Vaccination in Burma 1889-1999 - 1889-1999
Year: 1889
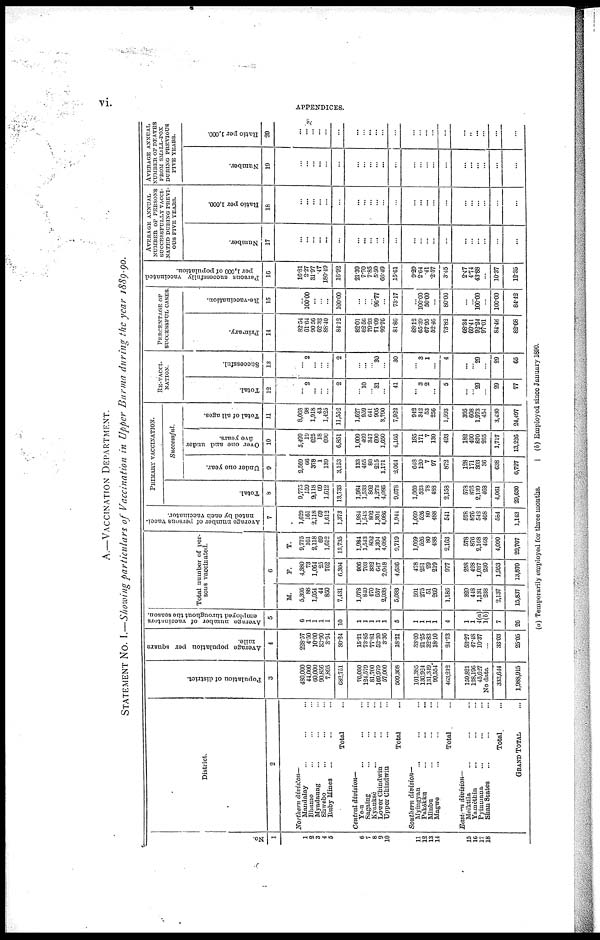
vi.
APPENDICES.
A.—VACCINATION DEPARTMENT.
STATEMENT No. I.—Showing particulars of Vaccination in Upper Burma during the year 1889-90.
No.
1
1
2
3
4
5
6
7 8
9
10
11
12
13
14
15
16
17
18
District.
2
Northern division—
Mandalay ... ... ...
Bhamo ... ... ...
Myadaung ... ... ...
Shwebo ... ... ...
Ruby Mines ... ... ...
Total ...
Central division—
Ye-u ... ... ...
Sagaing ... ... ...
Kyauksè ... ... ...
Lower Chindwin ... ...
Upper Chindwin ... ...
Total ...
Southern division—
Myingyan ... ... ...
Pakokku ... ... ...
Minbu ... ... ...
Magwe ... ... ...
Total ...
Eastern division—
Meiktila ... ... ...
Yamèthin ... ... ...
Pyinmana ... ... ...
Shan States ... ... ...
Total ...
GRAND TOTAL ...
Population of district.
3
480,000
44,000
60,000
90,856
7,895
682,751
76,050
124,579
81,700
169,979
57,000
509,308
101,385
130,924
131,349
99,554
463,212
159,821
128,196
45,627
No data
333,644
1,988,915
Average population per square
mile.
4
228.57
4.50
10.00
33.90
3.94
30.24
15.21
73.85
77.81
52.20
3.36
18.21
33.00
21.25
32.83
18.10
24.73
53.27
47.48
10.37
...
33.03
25.05
Average
number of vaccinators
employed throughout the season.
5
6
1
1
1
1
10
1
1
1
1
1
5
1
1
1
1
4
1
1
4(a) 1(b)
7
26
Total number of per-
sons vaccinated.
6
M.
5,395
88
1,054
44
850
7,431
1,078
840
470
657
2,038
5,083
591
275
51
269
1,186
320
448
1,131
238
2,137
15,837
F.
4,380
73
1,064
25
762
6,304
906
703
332
647
2,048
4,636
478
251
29
219
977
258
428
1,037
230
1,953
13,870
T.
9,775
161
2,118
69
1,612
13,735
1,984
1,543
802
1,304
4,086
9,719
1,069
526
80
488
2,163
578
876
2,168
468
4,090
29,707
A verage number of persons vacci-
nated by each vaccinator.
7
1,629
161
2,118
69
1,612
1,373
1,984
1,543
802
1,304
4,086
1,944
1,069
526
80
488
541
578
876
542
468
584
1,143
PRIMARY VACCINATION.
Total.
8
9,775
159
2,118
69
1,612
13,733
1,984
1,533
802
1,273
4,086
9,678
1,069
523
78
483
2,158
578
876
2,139
468
4,061
29,630
Successful.
Under one year.
9
2,569
66
378
1
139
3,153
133
465
80
215
1,171
2,064
648
120
7
97
872
128
171
303
36
638
6,727
Over one and under
five years.
10
5,499
19
625
18
690
6,851
1,009
469
347
690
1,650
4,165
185
171
7
130
493
182
400
870
265
1,717
13,226
Total of all ages.
11
8,068
98
1,918
43
1,425
11,552
1,627
959
641
905
3,790
7,922
942
342
53
256
1,593
395
608
1,973
454
3,430
24,497
RE-VACCI-
NATION.
Total.
12
... 2
...
...
...
2
... 10
... 31
...
41
... 3
2
...
5
...
... 29
...
29
77
Successful.
13
...
2
...
...
...
2
...
...
... 30
...
30
... 3
1
...
4
...
... 29
...
29
65
PERCENTAGE OF
SUCCESSFUL CASES.
Primary.
14
82.54
61.64
90.56
62.32
88.40
84.12
82.01
62.56
79.93
71.09
92.76
81.86
88.12
65.39
67.95
52.46
73.82
68.34
69.41
92.24
97.01
84.46
82.68
Re-vaccination.
15
...
100.00
...
...
...
100.00
...
...
... 96.77
...
73.17
... 100.00
50.00
...
80.00
...
... 100.00
...
100.00
84.42
Persons successfully vaccinated
per 1,000 of population.
16
16.81
2.27
31.97
.47
180.49
16.92
21.39
7.70
7.85
5.50
66.49
15.61
9.29
2.64
.41
2.57
3.45
2.47
4.74
43.88
...
10.37
12.35
AVERAGE ANNUAL
NUMBER OF PERSONS
SUCCESSFULLY VACCI-
NATED DURING PREVI-
OUS FIVE YEARS.
Number.
17
...
...
...
...
...
...
... ...
... ...
...
...
...
...
...
...
...
...
...
...
...
...
...
Ratio per 1,000.
18
...
...
...
...
...
...
...
...
... ...
...
...
... ...
...
...
...
... ...
...
...
...
...
AVERAGE ANNUAL
NUMBER OF DEATHS
FROM SMALL-POX
DURING PREVIOUS
FIVE YEARS.
Number.
19
...
...
...
...
...
...
...
... ...
... ...
...
...
...
...
...
...
... ...
...
...
...
...
Ratio per 1,000.
20
...
...
...
...
...
...
...
... ...
...
...
...
...
... ...
...
...
... ...
...
...
...
...
(a) Temporarily employed for three months.
(b) Employed since January 1890.